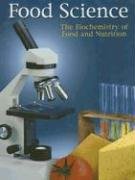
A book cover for Food Science: The Biochemistry of Food & Nutrition, 4th Edition; McGraw-Hill Education; Teen & Young Adult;